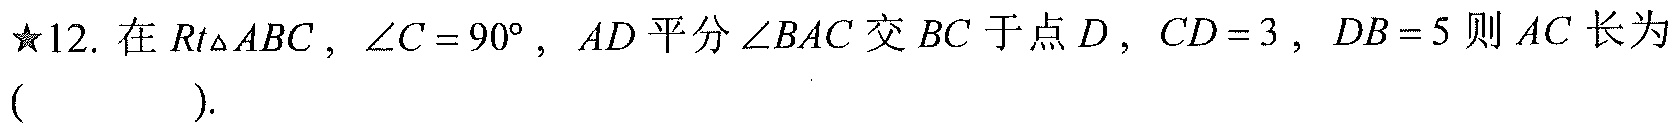
★12. 在$Rt\triangle ABC$，$\angle C = 90^{\circ}$，$AD$平分$\angle BAC$交$BC$于点$D$，$CD = 3$，$DB = 5$则$AC$长为( ).